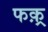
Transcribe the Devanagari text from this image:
फक़्र